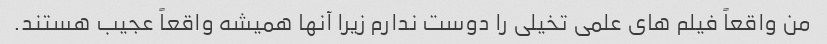
من واقعاً فیلم های علمی تخیلی را دوست ندارم زیرا آنها همیشه واقعاً عجیب هستند.